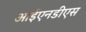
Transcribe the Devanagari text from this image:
आईएनडीएस